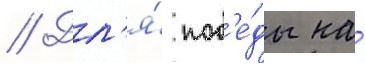
// Дл'я́ поб'е́ды на́